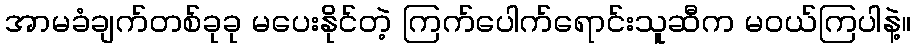
အာမခံချက်တစ်ခုခု မပေးနိုင်တဲ့ ကြက်ပေါက်ရောင်းသူဆီက မဝယ်ကြပါနဲ့။